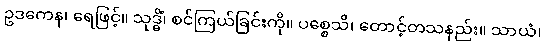
ဥဒကေန၊ ရေဖြင့်။ သုဒ္ဓိံ၊ စင်ကြယ်ခြင်းကို။ ပစ္စေသိ၊ တောင့်တသနည်း။ သာယံ၊